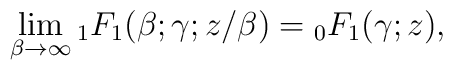
\lim\limits_{\beta\rightarrow\infty}	{}_{1}F_{1}(\beta;\gamma;z/\beta)	={}_{0}F_{1}(\gamma;z),